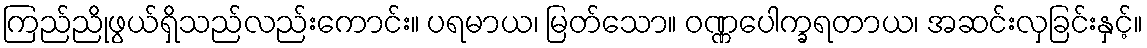
ကြည်ညိုဖွယ်ရှိသည်လည်းကောင်း။ ပရမာယ၊ မြတ်သော။ ဝဏ္ဏပေါက္ခရတာယ၊ အဆင်းလှခြင်းနှင့်။